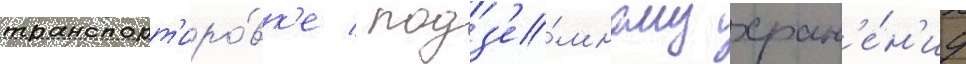
транспорт'иро́вк'е / подз'е́мному хран'е́н'иу